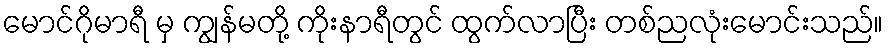
မောင်ဂိုမာရီ မှ ကျွန်မတို့ ကိုးနာရီတွင် ထွက်လာပြီး တစ်ညလုံးမောင်းသည်။